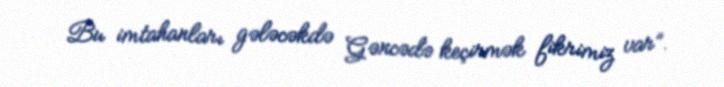
Bu imtahanları gələcəkdə Gəncədə keçirmək fikrimiz var”.